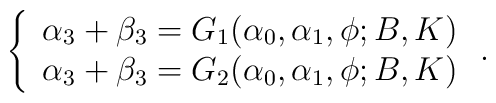
\left\{\begin{array}{ll}\alpha_3+\beta_3=G_1(\alpha_0,\alpha_1,\phi;B,K)\\\alpha_3+\beta_3=G_2(\alpha_0,\alpha_1,\phi;B,K)\end{array}\right. .